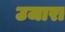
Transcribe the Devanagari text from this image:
उजारा